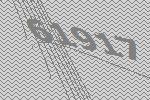
61917